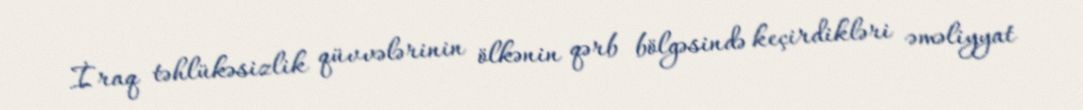
İraq təhlükəsizlik qüvvələrinin ölkənin qərb bölgəsində keçirdikləri əməliyyat